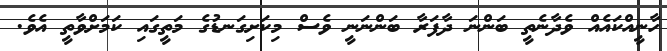
ހާނީއްކައެއް ވެދާނެތީ ބަންނަ ދާފަރާ ބަންނަނީ ވެސް މިކަށިގަނޑުގެ މަތީގައި ކަމަށްވާތީ އެވެ.